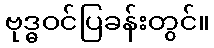
ဗုဒ္ဓဝင်ပြခန်းတွင်။